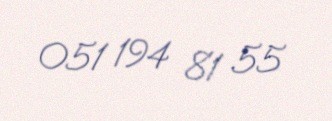
051 194 81 55